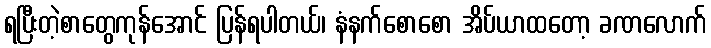
ရပြီးတဲ့စာတွေကုန်အောင် ပြန်ရပါတယ်၊ နံနက်စောစော အိပ်ယာထတော့ ခဏလောက်